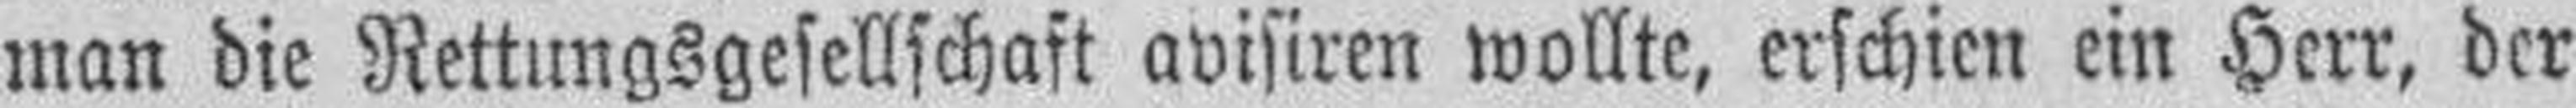
man die Rettungsgesellschaft avisiren wollte, erschien ein Herr, der